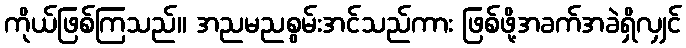
ကိုယ်ဖြစ်ကြသည်။ အညမညစွမ်းအင်သည်ကား ဖြစ်ဖို့အခက်အခဲရှိလျှင်